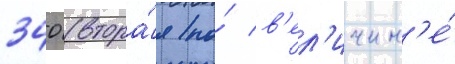
340 (втора́я по́ в'ел'ичин'е́